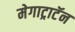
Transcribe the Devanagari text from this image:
मेगाट्राटॅन